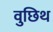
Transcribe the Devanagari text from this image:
वुछिथ